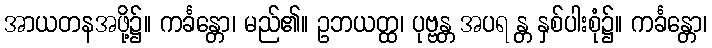
အာယတနအဖို့၌။ ကင်္ခန္တော၊ မည်၏။ ဥဘယတ္ထ၊ ပုဗ္ဗန္တ အပရ န္တ နှစ်ပါးစုံ၌။ ကင်္ခန္တော၊